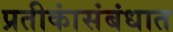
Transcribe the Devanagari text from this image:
प्रतीकांसंबंधात